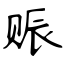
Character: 赈